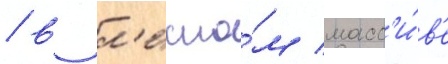
/ в л'есно́м масс'и́в'е